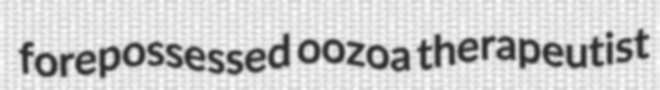
forepossessed oozoa therapeutist